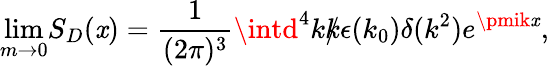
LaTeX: {\operatorname*{lim}_{m\rightarrow0}}S_{D}(\mathit{x})={\frac{{1}}{{(2\pi)^{3}}}}\intd^{4}k{\rlap/{k}}{\epsilon}(k_{0}){\delta}(k^{2})e^{\pmik\mathit{x}},